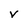
Character: V